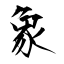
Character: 象